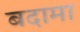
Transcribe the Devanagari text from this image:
बदामा